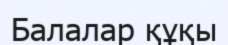
Балалар құқы